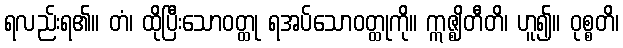
ရလည်းရ၏။ တံ၊ ထိုပြီးသောဝတ္ထု ရအပ်သောဝတ္ထုကို။ ဣဇ္ဈိတီတိ၊ ဟူ၍။ ဝုစ္စတိ၊